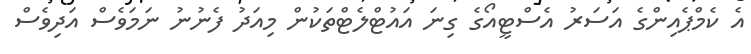
އެ ކެމްޕެއިންގެ އަސަރު އެސްޓީއޯގެ ގިނަ އައުޓްލެޓްތަކުން މިއަދު ފެނުނު ނަމަވެސް އަދިވެސް